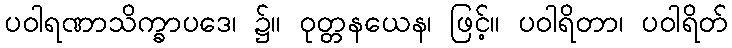
ပဝါရဏာသိက္ခာပဒေ၊ ၌။ ဝုတ္တနယေန၊ ဖြင့်။ ပဝါရိတာ၊ ပဝါရိတ်